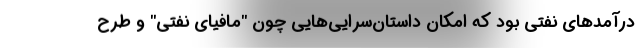
درآمدهای نفتی بود که امکان داستان‌سرایی‌هایی چون "مافیای نفتی" و طرح